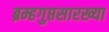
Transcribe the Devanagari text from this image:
ब्रम्हगुप्तसारख्या